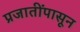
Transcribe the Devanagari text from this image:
प्रजातींपासून